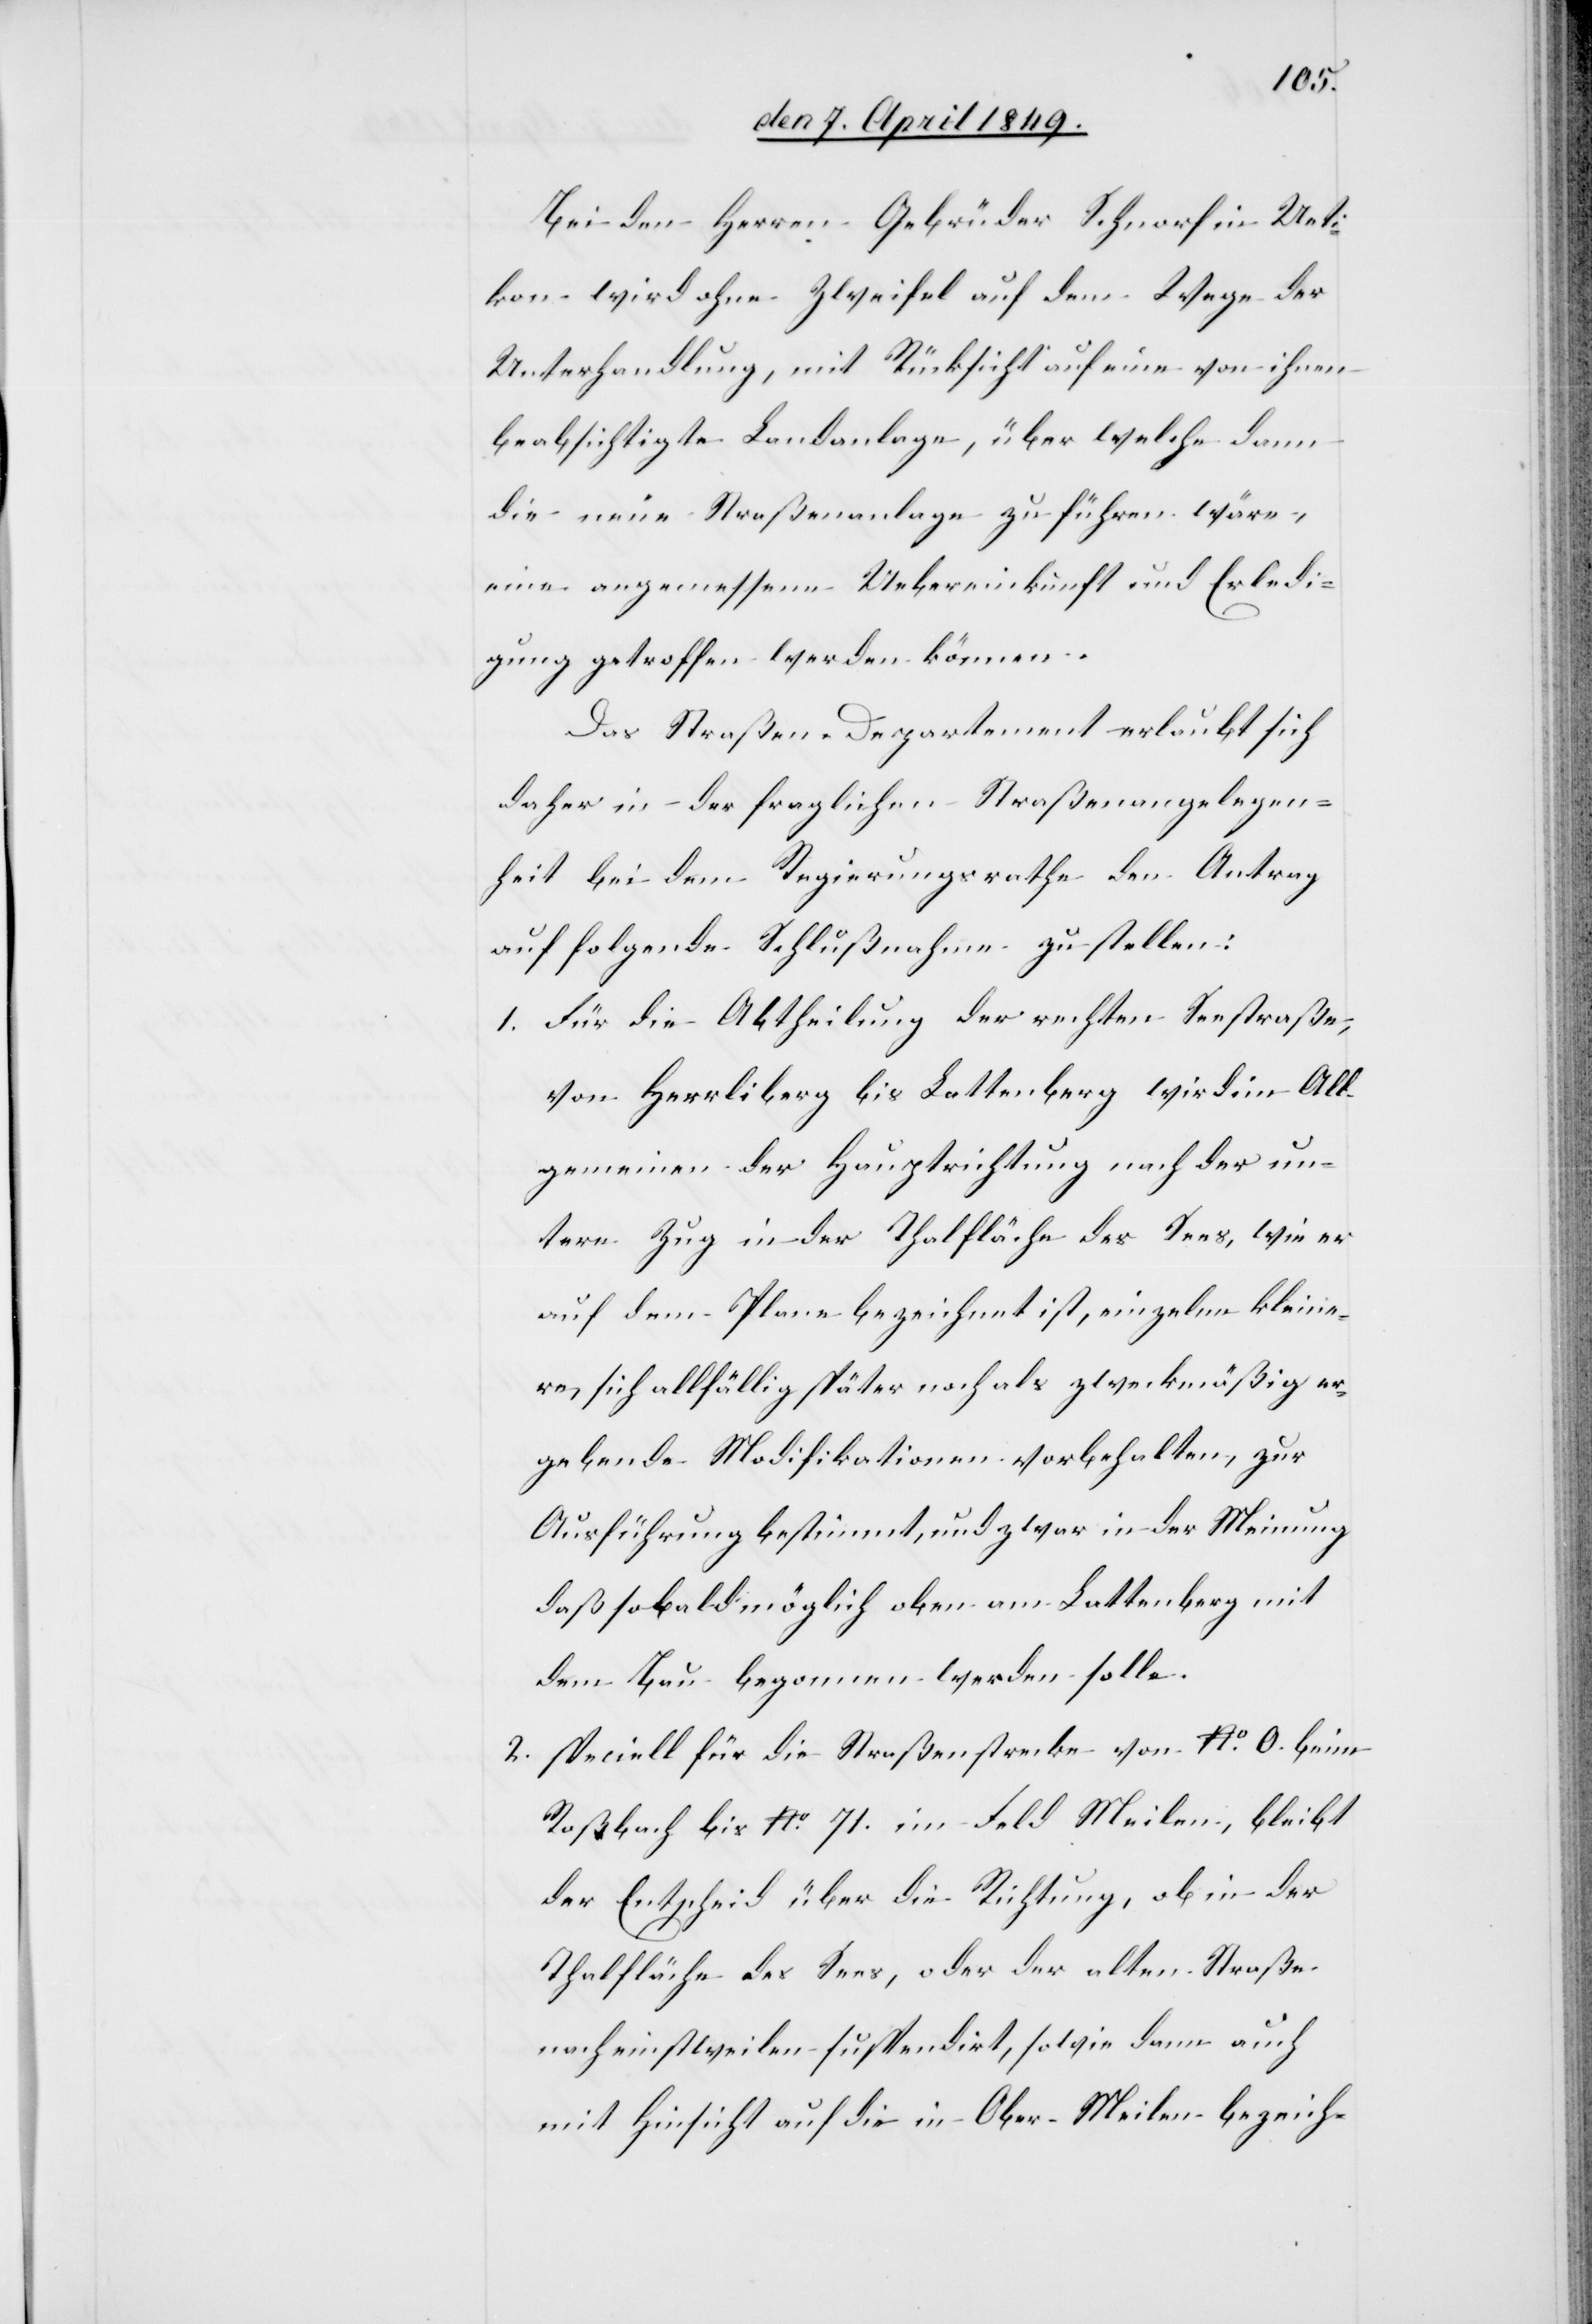
Bei den Herrn Gebrüder Schnorf in Ueti¬
kon wird ohne Zweifel auf dem Wege der
Unterhandlung, mit Rücksicht auf eine von ihnen
beabsichtigte Landanlage, über welche dann
die neue Straßenanlage zu führen wäre,
eine angemessene Uebereinkunft und Erledi¬
gung getroffen werden können.
Das Straßen-Departement erlaubt sich
daher in der fraglichen Straßenangelegen¬
heit bei dem Regierungsrathe den Antrag
auf folgende Schlußnahme zu stellen:
1. Für die Abtheilung der rechten Seestraße,
von Herrliberg bis Lattenberg wird im All¬
gemeinen der Hauptrichtung nach der un¬
tere Zug in der Thalfläche des Sees, wie er
auf dem Plane bezeichnet ist, einzelne kleine¬
re, sich allfällig später noch als zweckmäßig er¬
gebende Modifikationen vorbehalten, zur
Ausführung bestimmt, und zwar in der Meinung
daß so bald möglich oben am Lattenberg mit
dem Bau begonnen werden solle.
2. Speciell für die Straßenstrecke von No 0. beim
Roßbach bis No 71. im Feld Meilen, bleibt
der Entscheid über die Richtung, ob in der
Thalfläche des Sees, oder der alten Straße
noch einstweilen suspendirt, sowie dann auch
mit Hinsicht auf die in Ober-Meilen bezeich-